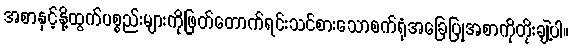
အစာနှင့်နို့ထွက်ပစ္စည်းများကိုဖြတ်တောက်ရင်းသင်စားသောစက်ရုံအခြေပြုအစာကိုတိုးချဲ့ပါ။